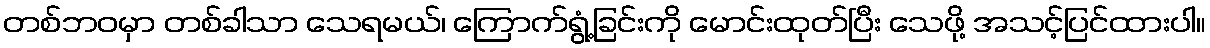
တစ်ဘဝမှာ တစ်ခါသာ သေရမယ်၊ ကြောက်ရွံ့ခြင်းကို မောင်းထုတ်ပြီး သေဖို့ အသင့်ပြင်ထားပါ။